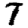
Digit: 7